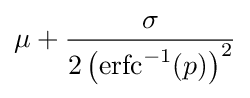
\mu +{\frac {\sigma }{2\left({\textrm {erfc}}^{-1}(p)\right)^{2}}}